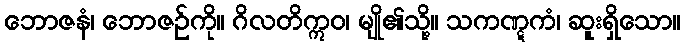
ဘောဇနံ၊ ဘောဇဉ်ကို။ ဂိလတိဣဝ၊ မျို၏သို့။ သကဏ္ဋကံ၊ ဆူးရှိသော။